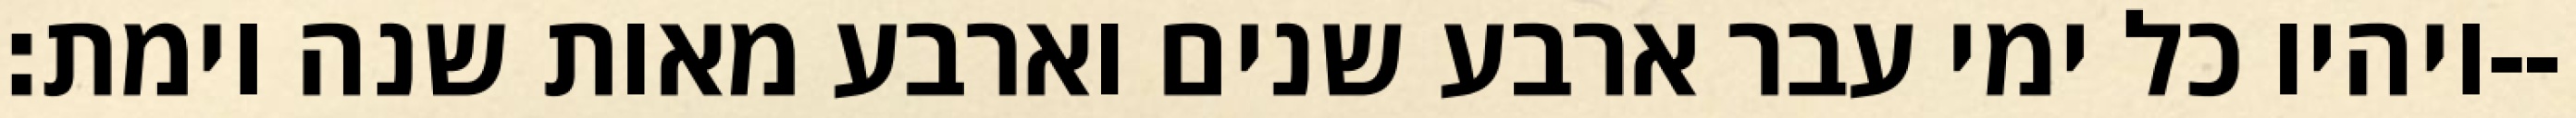
ויהיו כל ימי עבר ארבע שנים וארבע מאות שנה וימת׃--